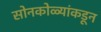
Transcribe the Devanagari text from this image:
सोनकोळ्यांकडून